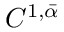
C ^ { 1 , \bar { \alpha } }